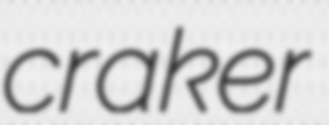
craker